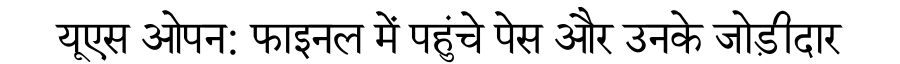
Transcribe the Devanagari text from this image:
यूएस ओपन: फाइनल में पहुंचे पेस और उनके जोड़ीदार